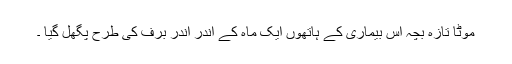
موٹا تازہ بچہ اس بیماری کے ہاتھوں ایک ماہ کے اندر اندر برف کی طرح پگھل گیا ۔